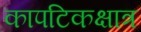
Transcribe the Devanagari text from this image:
कापटिकक्षात्र